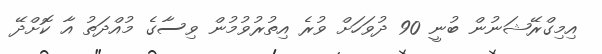
އިމިގްރޭޝަނުން ބުނީ 90 ދުވަހަށް ވުރެ އިތުރުވުމުން ވިސާގެ މުއްދަތު އާ ކޮށްދޭ